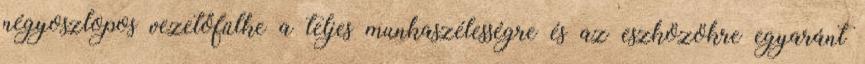
négyoszlopos vezetőfülke a teljes munkaszélességre és az eszközökre egyaránt